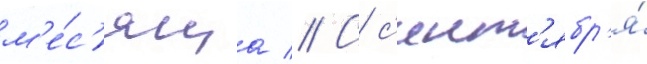
м'е́с'яца // С с'ент'ябр'я́